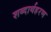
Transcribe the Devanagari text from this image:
शब्दार्थहरण